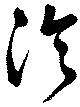
淪